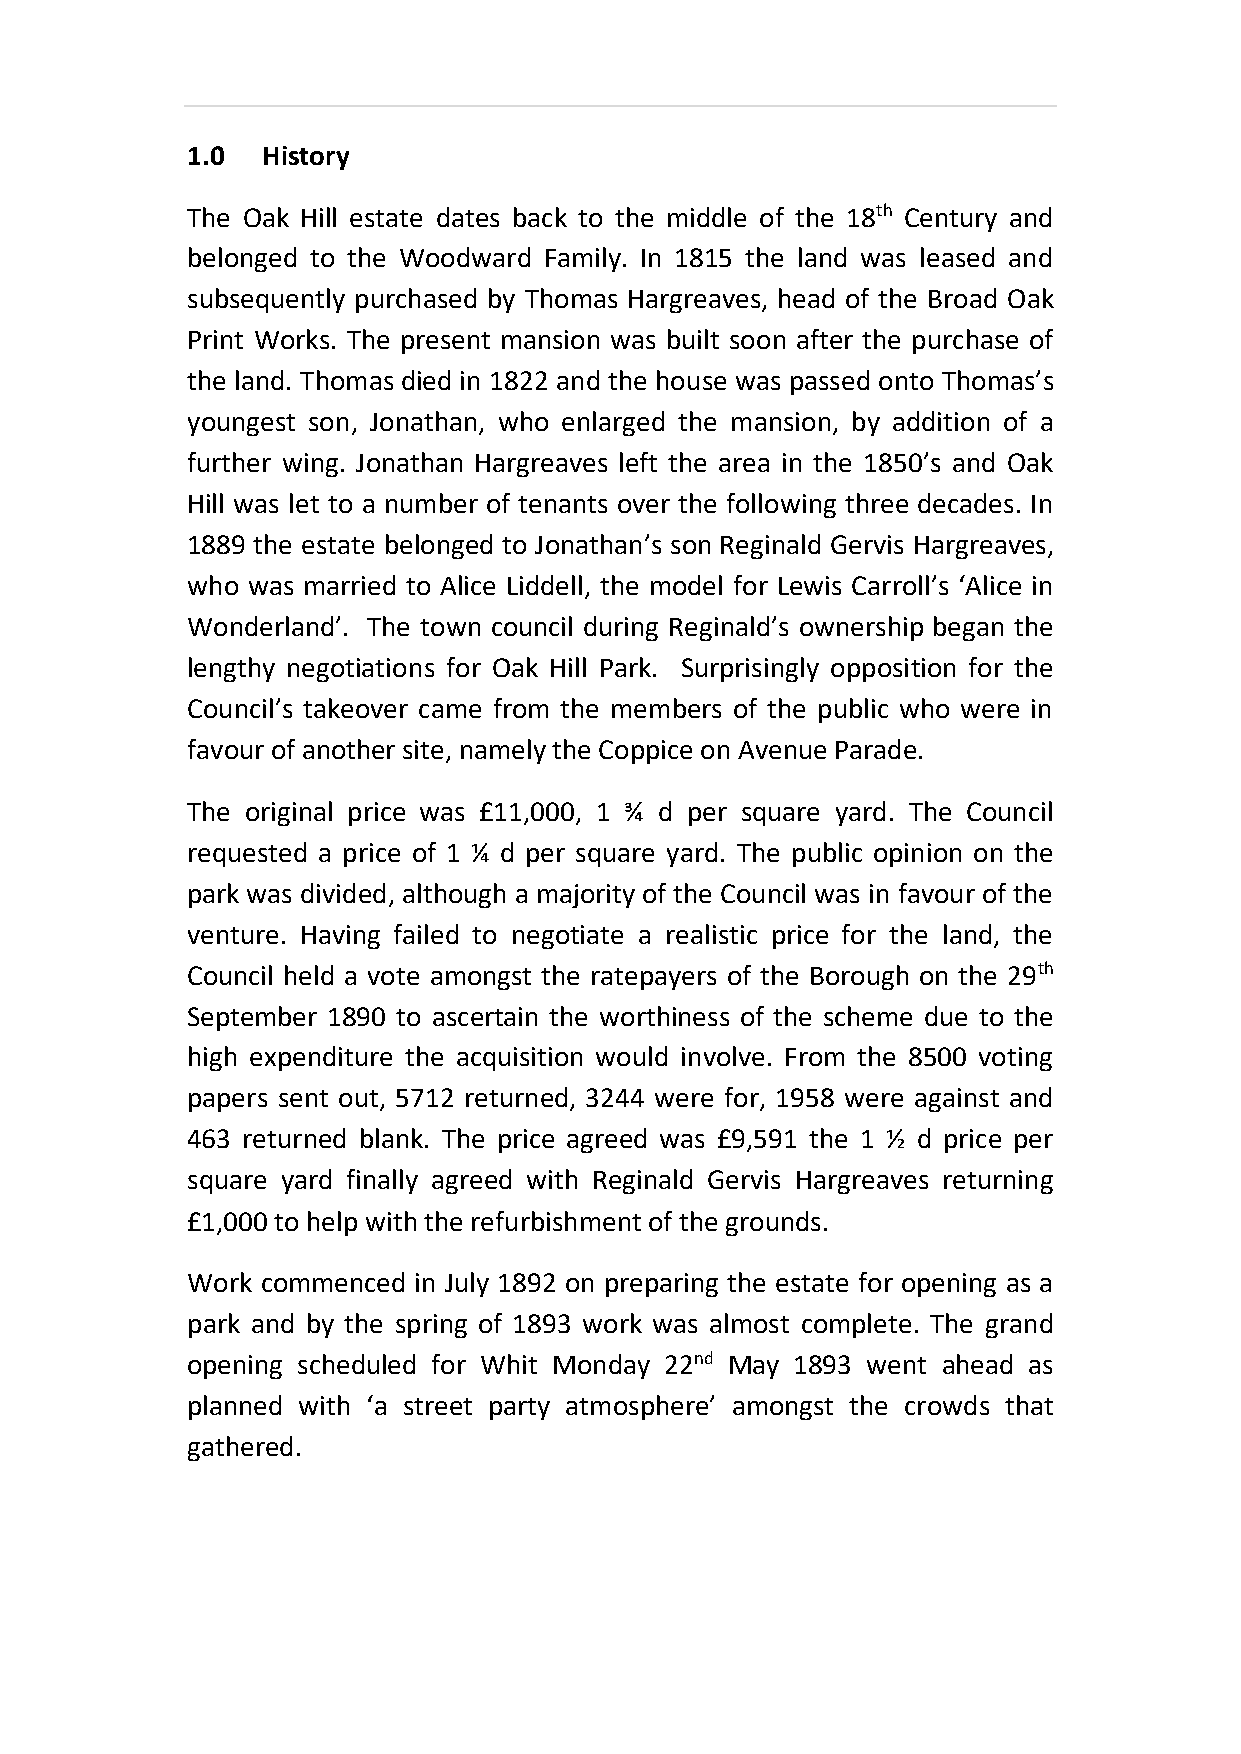
1.0  History
 The Oak Hill estate dates back to the middle of the 18th Century and
 belonged to the Woodward Family. In 1815 the land was leased and
 subsequently purchased by Thomas Hargreaves, head of the Broad Oak
 Print Works. The present mansion was built soon after the purchase of
 the land. Thomas died in 1822 and the house was passed onto Thomas’s
 youngest son, Jonathan, who enlarged the mansion, by addition of a
 further wing. Jonathan Hargreaves left the area in the 1850’s and Oak
 Hill was let to a number of tenants over the following three decades. In
 1889 the estate belonged to Jonathan’s son Reginald Gervis Hargreaves,
 who was married to Alice Liddell, the model for Lewis Carroll’s ‘Alice in
 Wonderland’. The town council during Reginald’s ownership began the
 lengthy negotiations for Oak Hill Park. Surprisingly opposition for the
 Council’s takeover came from the members of the public who were in
 favour of another site, namely the Coppice on Avenue Parade.
 The original price was £11,000, 1 ¾ d per square yard. The Council
 requested a price of 1 ¼ d per square yard. The public opinion on the
 park was divided, although a majority of the Council was in favour of the
 venture. Having failed to negotiate a realistic price for the land, the
 Council held a vote amongst the ratepayers of the Borough on the 29th
 September 1890 to ascertain the worthiness of the scheme due to the
 high expenditure the acquisition would involve. From the 8500 voting
 papers sent out, 5712 returned, 3244 were for, 1958 were against and
 463 returned blank. The price agreed was £9,591 the 1 ½ d price per
 square yard finally agreed with Reginald Gervis Hargreaves returning
 £1,000 to help with the refurbishment of the grounds.
 Work commenced in July 1892 on preparing the estate for opening as a
 park and by the spring of 1893 work was almost complete. The grand
 opening scheduled for Whit Monday 22nd May 1893 went ahead as
 planned with ‘a street party atmosphere’ amongst the crowds that
 gathered.